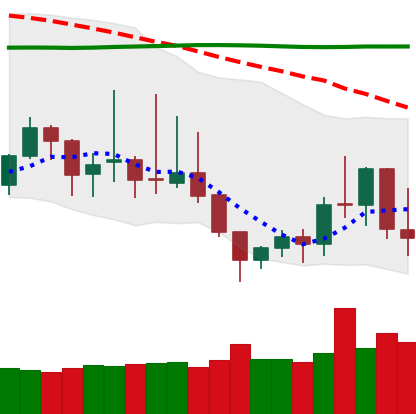
Ticker: DOGE-USD
Chart end date: 2019-09-06
Forward return: -4.384%
Label: down_3_5